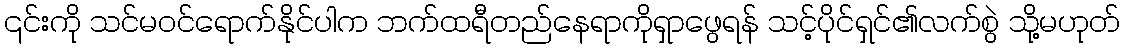
၎င်းကို သင်မဝင်ရောက်နိုင်ပါက ဘက်ထရီတည်နေရာကိုရှာဖွေရန် သင့်ပိုင်ရှင်၏လက်စွဲ သို့မဟုတ်